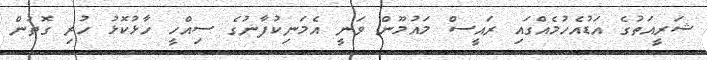
ޝަރީއަތުގެ އަޑުއެހުމެއްގައި ރައީސް މައުމޫން ވަނީ އެމަނިކުފާނުގެ ސިއްހީ ހާޅުކޮޅު ހުރި ގޮތުން